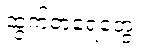
ထွက်တဲ့ရေတွေ။